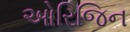
ઓરિજિન